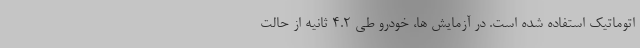
اتوماتیک استفاده شده است. در آزمایش ها، خودرو طی 4.2 ثانیه از حالت